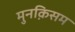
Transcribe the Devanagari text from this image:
मुनक़िसम